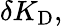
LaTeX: \delta K_{\textrm{D}},